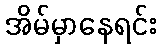
အိမ်မှာနေရင်း